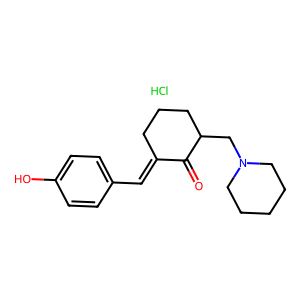
SMILES: Cl.O=C1C(=Cc2ccc(O)cc2)CCCC1CN1CCCCC1
Inhibits HIV replication: No